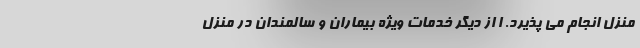
منزل انجام می پذیرد. ا از دیگر خدمات ویژه بیماران و سالمندان در منزل